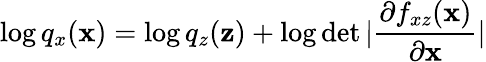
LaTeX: \log q_{x}(\mathbf{x})=\log q_{z}(\mathbf{z})+\log\operatorname*{det}|\frac{\partial f_{xz}(\mathbf{x})}{\partial\mathbf{x}}|